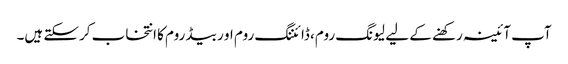
آپ آئینہ رکھنے کے لیے لیونگ روم، ڈائننگ روم او ر بیڈ روم کا انتخاب کرسکتے ہیں۔